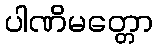
ပါဏိမတ္တော